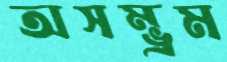
অসম্ভ্রম